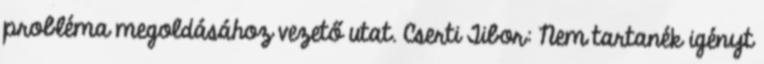
probléma megoldásához vezető utat. Cserti Tibor: Nem tartanék igényt